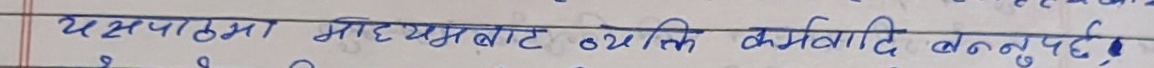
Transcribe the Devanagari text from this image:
यस पाठमा माध्यमबाट व्यक्ति कर्मवादी बन्नुपर्छ।